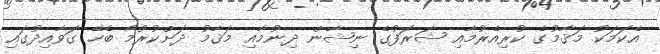
އެކަމަކު މަޤާމުގެ ކުރިއެރުމާއި ޝަރަފުގެ ނިޝާން ދިނުމާއި މަޤާމު ދަށްކުރުމާ ބެހޭ ގަވާއިދުގައި